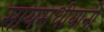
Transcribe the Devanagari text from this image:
सायमधीयानो